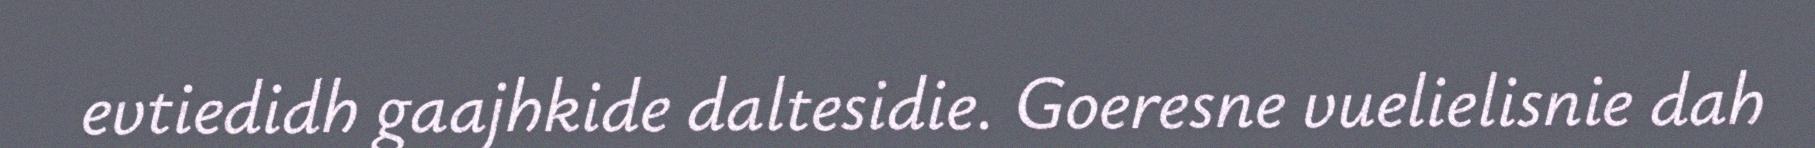
evtiedidh gaajhkide daltesidie. Goeresne vuelielisnie dah